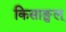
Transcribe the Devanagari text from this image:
किसाङुल्